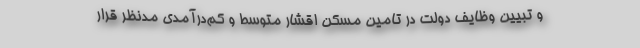
و تبیین وظایف دولت در تامین مسکن اقشار متوسط و کم‌درآمدی مدنظر قرار